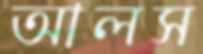
আলস